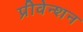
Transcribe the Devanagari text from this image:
प्रीवेन्शन